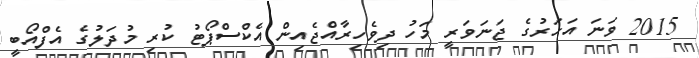
2015 ވަނަ އަހަރުގެ ޖަނަވަރީ މަހު ދިވެހިރާއްޖެއިން އެކްސްޕޯޓު ކުރި މުދަލުގެ އެފްއޯބީ